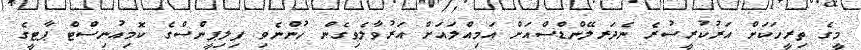
މީގެ ތިރީހަކަށް އަރުކުރީސުރެ ނެދަރލޭންޑްސްއަށް އަމިއްލައަށް އަރުވާލެވިގެން ހުންނެވި ފިލިޕީންސްގެ ކޮމިއުނިސްޓް ޕާޓީގެ